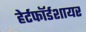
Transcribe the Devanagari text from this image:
हेर्टफाॅर्डशायर